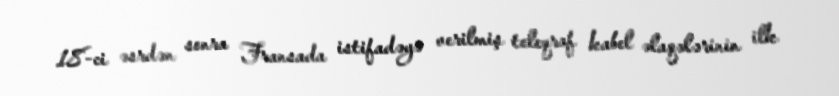
18-ci əsrdən sonra Fransada istifadəyə verilmiş teleqraf kabel əlaqələrinin ilk